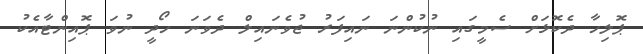
ޕޮލިހާ ދެކޮޅަށް ސެމީގައި ނުކުންނަ ނައިފަރު ޖުވެނައިލް ދެވަނަ ހޯދީ ނުވަ ޕޮއިންޓާއެކު